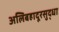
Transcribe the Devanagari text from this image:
अलिबहादूरसुद्धा